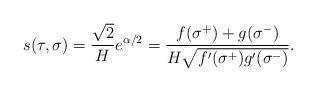
LaTeX: \begin{align*}s(\tau,\sigma)=\frac{\sqrt{2}}{H}e^{\alpha/2}=\frac{f(\sigma^+)+g(\sigma^-)}{H\sqrt{f'(\sigma^+)g'(\sigma^-)}}.\end{align*}